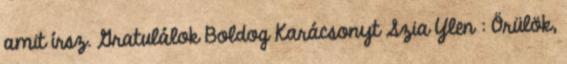
amit írsz. Gratulálok Boldog Karácsonyt Szia Ylen : Örülök,